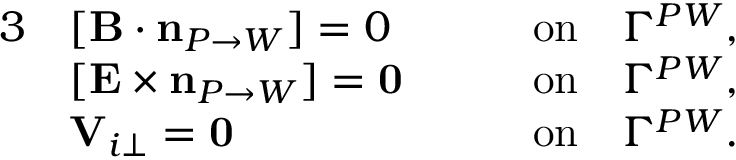
\begin{array} { r l r } { { 3 } } & { [ { \mathbf B } \cdot \mathbf { n } _ { P \rightarrow W } ] = 0 \qquad } & { \mathrm { o n } \quad \Gamma ^ { P W } , } \\ & { [ { \mathbf E } \times \mathbf { n } _ { P \rightarrow W } ] = \mathbf { 0 } \qquad } & { \mathrm { o n } \quad \Gamma ^ { P W } , } \\ & { \mathbf V _ { i \perp } = \mathbf { 0 } \qquad } & { \mathrm { o n } \quad \Gamma ^ { P W } . } \end{array}